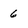
Character: 6